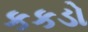
કકડો